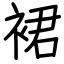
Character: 裙